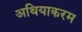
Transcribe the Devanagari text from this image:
अथियाकरम